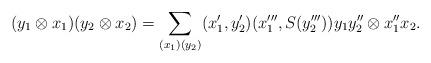
LaTeX: \begin{align*} (y_1\otimes x_1)(y_2\otimes x_2) = \sum_{(x_1)(y_2)}(x_1',y_2')(x_1''',S(y_2'''))y_1y_2''\otimes x_1''x_2.\end{align*}